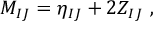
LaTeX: M _ { I J } = \eta _ { I J } + 2 Z _ { I J } \ ,